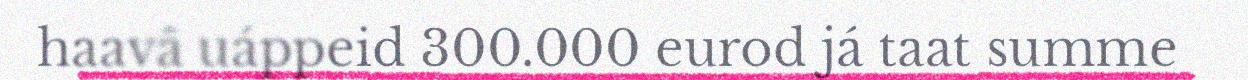
haavâ uáppeid 300.000 eurod já taat summe